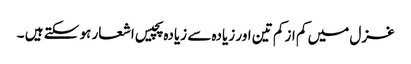
غزل میں کم از کم تین اور زیادہ سے زیادہ پچیس اشعار ہو سکتے ہیں ۔